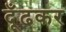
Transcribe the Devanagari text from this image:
दूँढकर